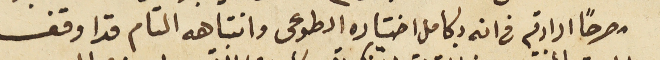
مصرحاً ارادته فى انه بكامل اختياره الطوعى وانتباهه التام قد اوقف